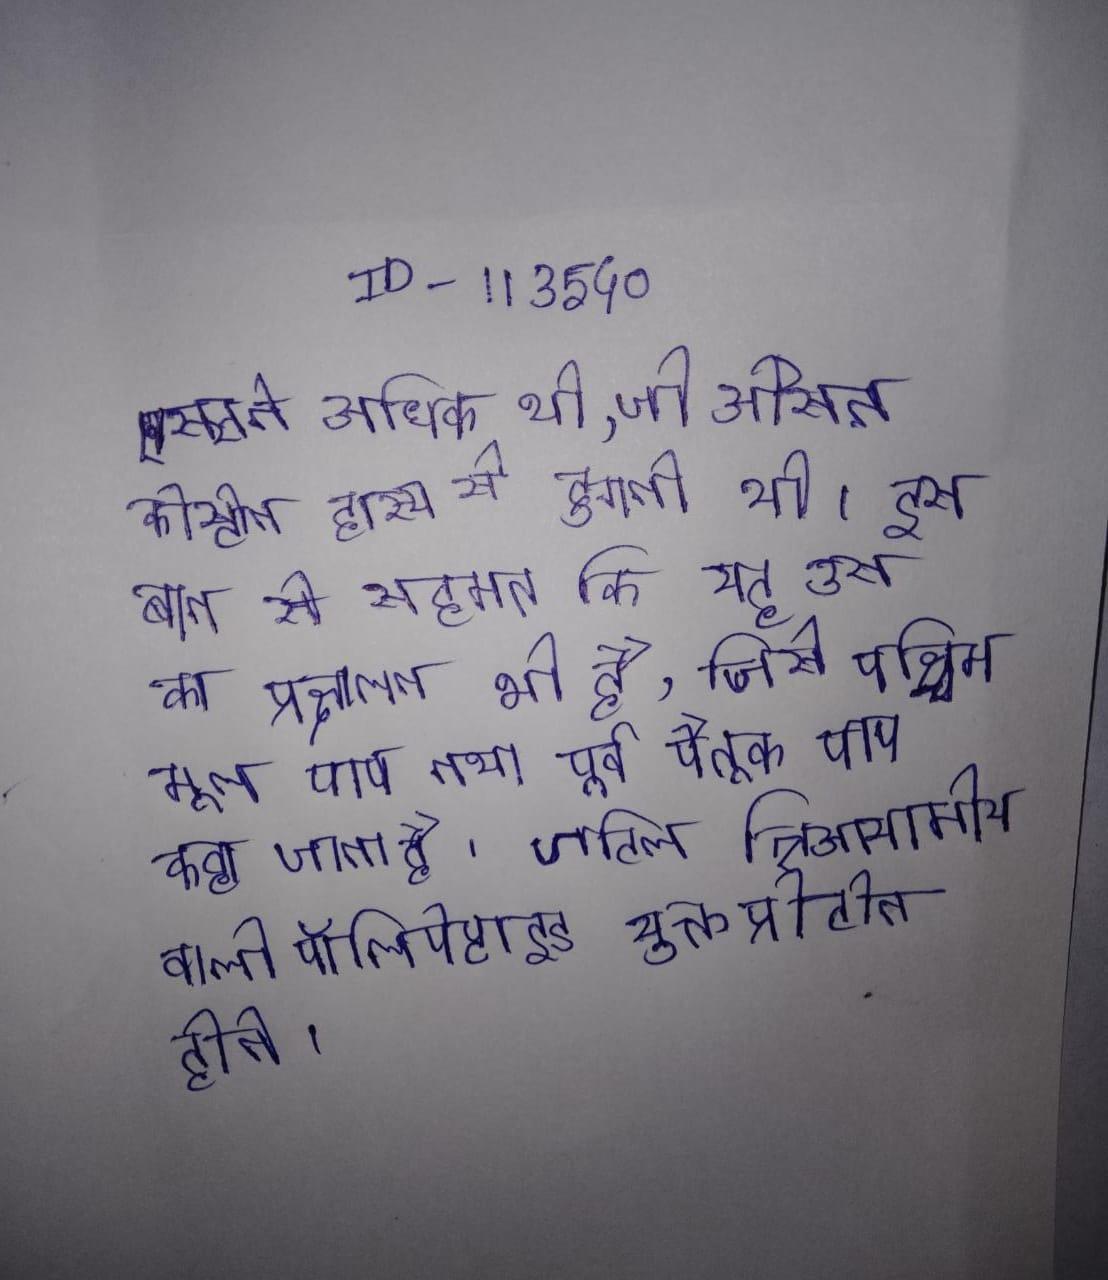
एस्सने अधिक थी, जो औसत कीस्टोन हास्य से दुगनी थी । इस बात से सहमत कि यह उस का प्रक्षालन भी है, जिसे पश्चिम मूल पाप तथा पूर्व पैतृक पाप कहा जाता है । जटिल त्रिआयामीय वाली पॉलिपेप्टाइड युक्त प्रोटीन होते ।